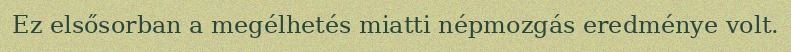
Ez elsősorban a megélhetés miatti népmozgás eredménye volt.